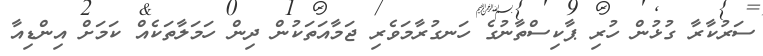
ސަރުކާރާ ގުޅުން ހުރި ޕާކިސްތާނުގެ ހަނގުރާމަވެރި ޖަމާއަތަކުން ދިން ހަމަލާތަކެއް ކަމަށް އިންޑިއާ